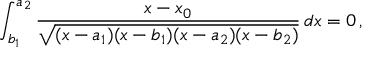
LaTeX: \int _ { b _ { 1 } } ^ { a _ { 2 } } \frac { x - x _ { 0 } } { \sqrt { ( x - a _ { 1 } ) ( x - b _ { 1 } ) ( x - a _ { 2 } ) ( x - b _ { 2 } ) } } \, d x = 0 \, ,